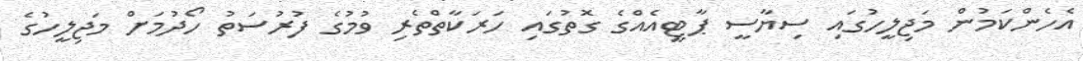
އެހެންކަމުން މަޖިލީހުގައި ސިޔާސީ ޕާޓީއެއްގެ ގޮތުގައި ހަރަކާތްތެރި ވުމުގެ ފުރުސަތު ހޯދުމަށް މަޖިލީހުގެ